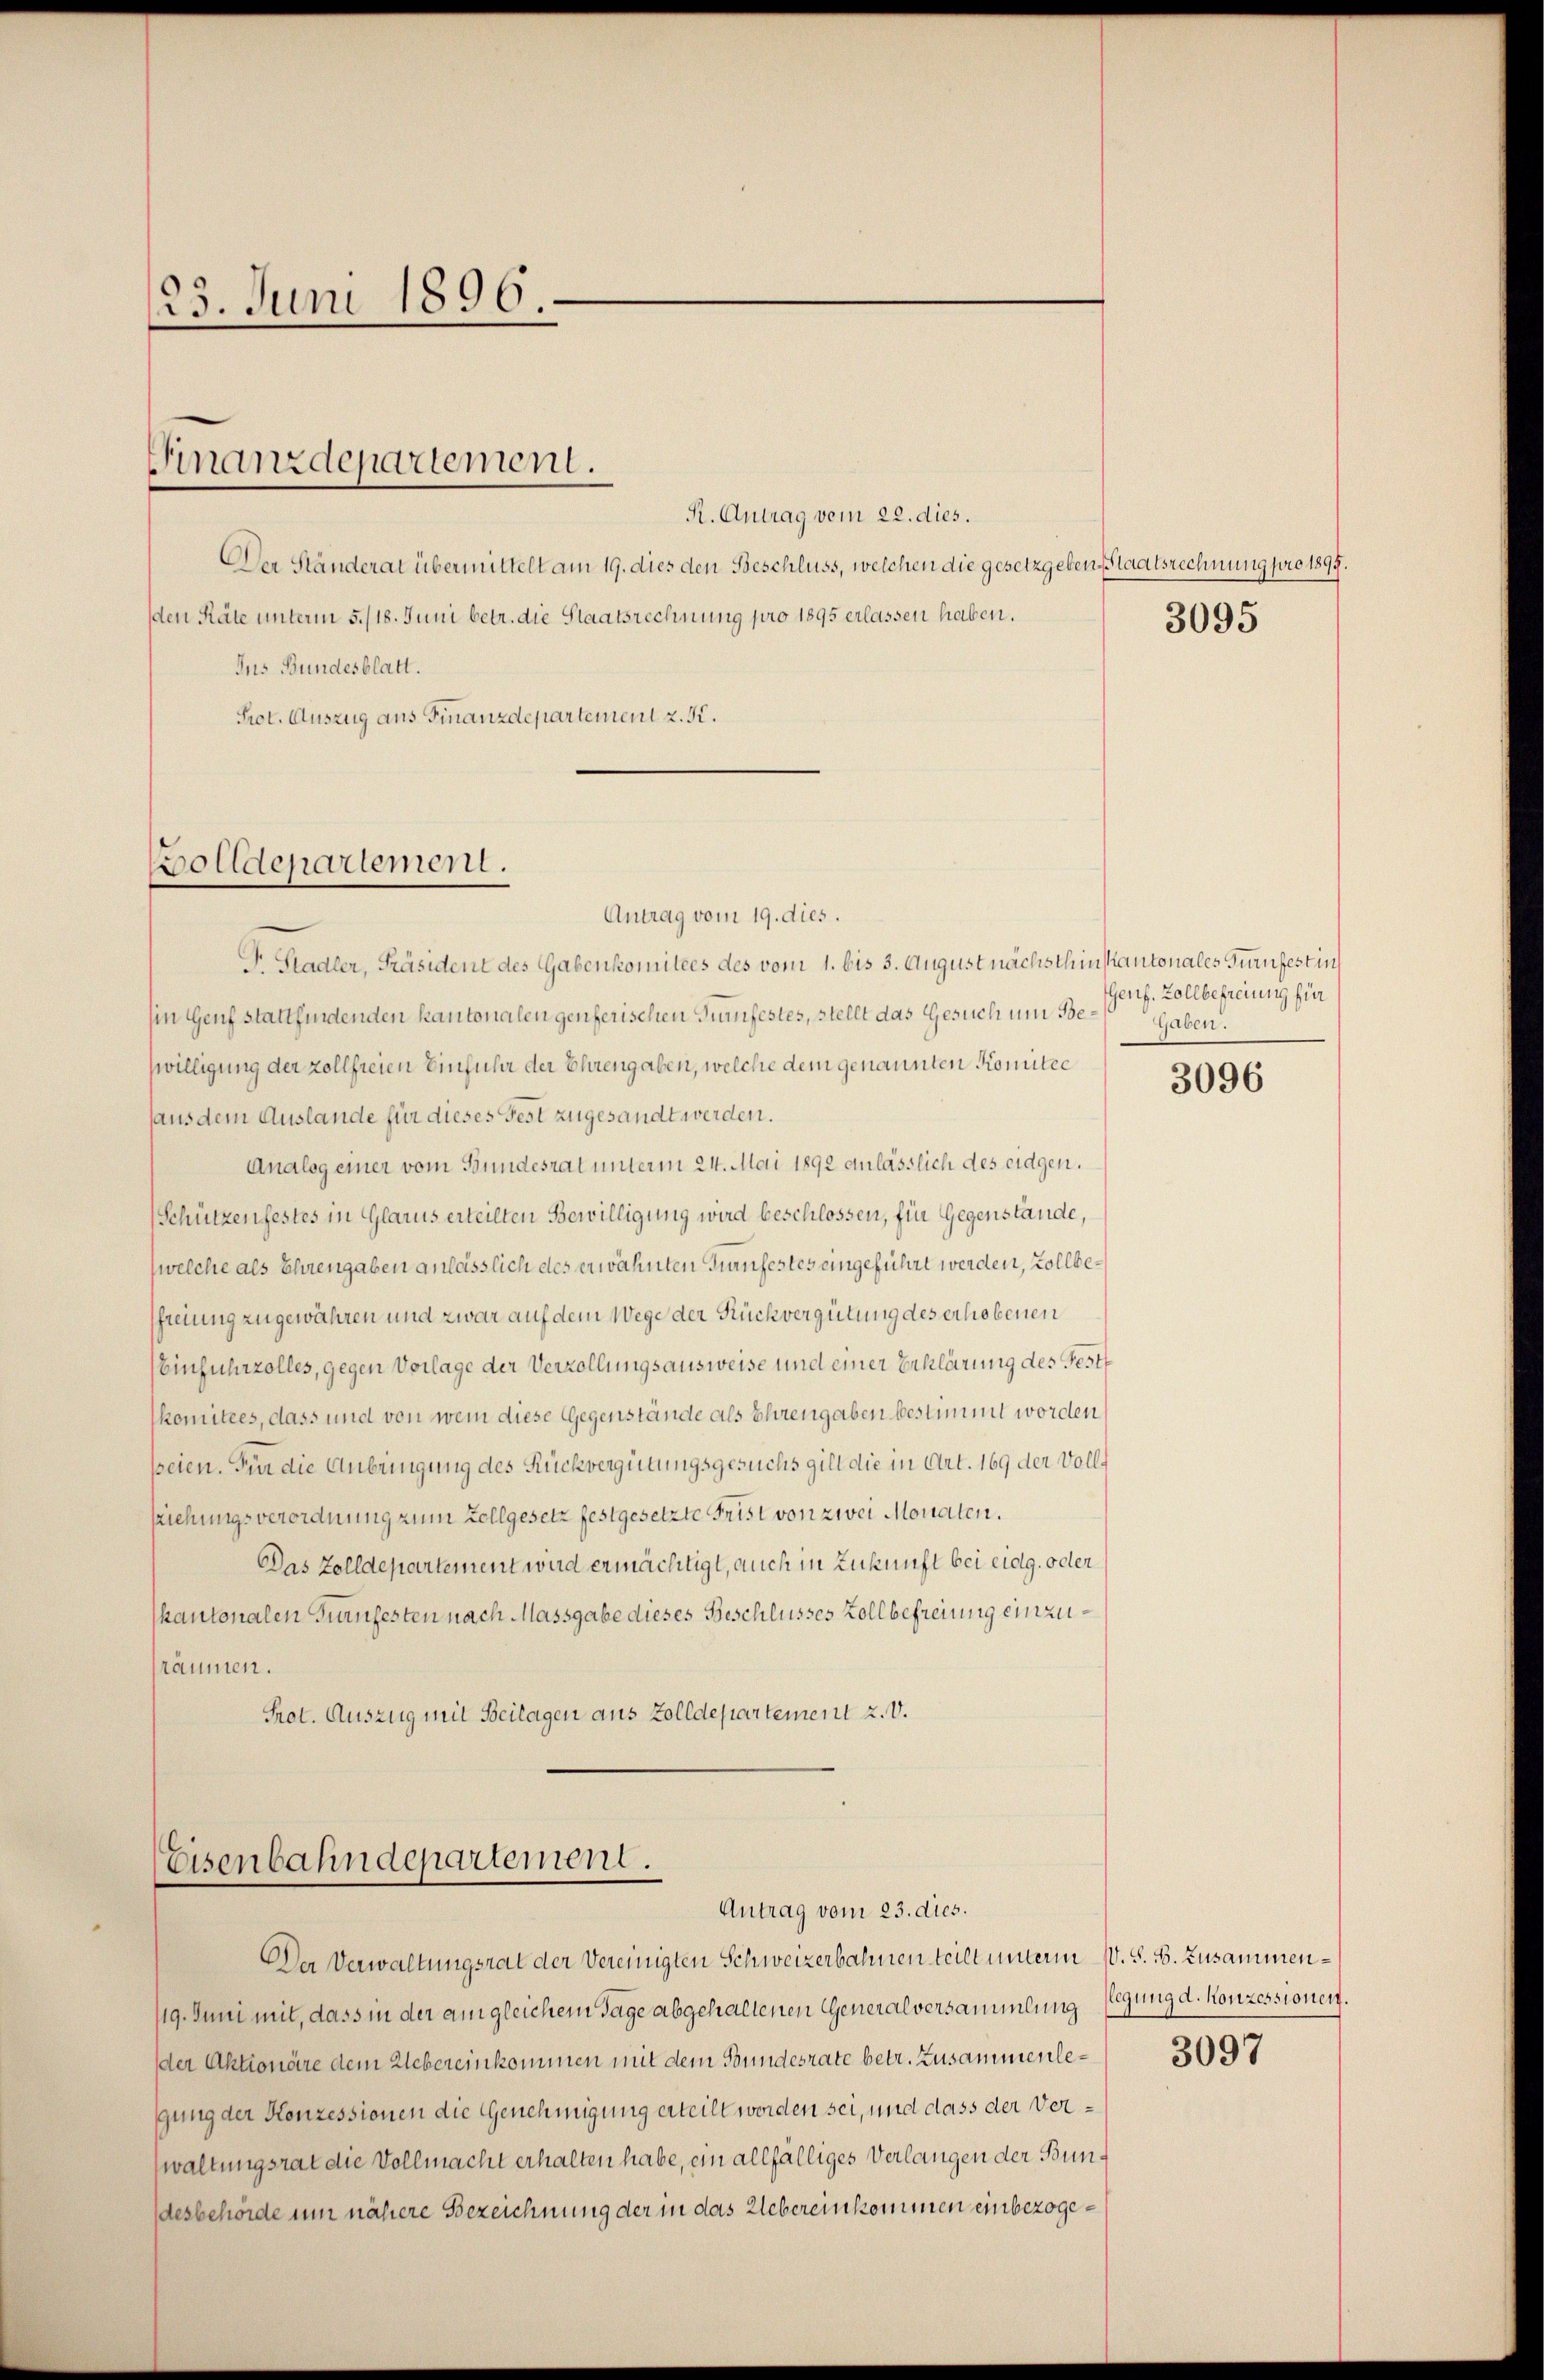
123. Juni 1896

Finanzdepartement.

R. Antrag vom 22. dies.
Der Ständerat übermittelt am 19. dies den Beschluss, welchen die gesetzgeben Staatsrechnung pro 1895.
den Räte unterm 5./18. Juni betr. die Staatsrechnung pro 1895 erlassen haben.
Ius Bundesblatt.
Prot. Auszug aus Finanzdepartement z. K.

olldepartement.
Antrag vom 19. dies.

Dr. Stadler, Präsident des Gabenkomitees des vom 1. bis 3. August nächsthin kantonales Turnfestin
hin Genf stattfindenden kantonalen genferischen Fünfestes, stellt das Gesuch um Beswilligung der zollfreien Einführ der Ehrengaben, welche dem genannten Komitee
haus dem Auslande für dieses Fest zugesandt werden.
Analog einer vom Bundesrat unterm 24. Mai 1892 anlässlich des eidgen.
Schützenfestes in Glarus erteilten Bewilligung wird beschlossen, für Gegenstände,
(welche als Ehrengaben anlässlich des erwähnten Turnfestes eingeführt werden, vollbesfreiung zugewähren und zwar auf dem Wege der Rückvergütung des erhobenen
(Einfuhrzolles, gegen Vorlage der Verzollungsausweise und einer Erklärung des Festt
komitees, dass und von wem diese Gegenstände als Ehrengaben bestimmt worden
seien. Für die Anbringung des Rückvergütungsgesuchs gilt die in Art. 169 der Vollziehungsverordnung zum Zollgesetz festgesetzte Frist von zwei Monaten.
Das Zolldepartement wird ermächtigt, auch in Zukunft bei eidg. oder
kantonalen Turnfesten nach Massgabe dieses Beschlusses Kollbefreiung einzuräumen.
Prot. Auszug mit Beilagen aus Zolldepartement 2. V.

Eisenbahndepartement.
Antrag vom 23. dies.

Der Verwaltungsrat der Vereinigten Schweizerbahnen teilt unterm 10. S. B. Zusammen¬
119. Juni mit, dass in der am gleichem Tage abgehaltenen Generalversammlung legung d. Konzessionen.
der Aktionäre dem Uebereinkommen mit dem Bundesrate betr. Zusammenlegung der Konzessionen die Genehmigung erteilt werden sei, und dass der Verwaltungsrat die Vollmacht erhalten habe, ein allfälliges Verlangen der Bundesbehörde um nähere Bezeichnung der in das Uebereinkommen einbezoge¬

3095

Genf. Zollbefreiung für
Gaben.

3096

3097